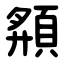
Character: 頯